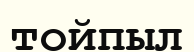
тойпыл